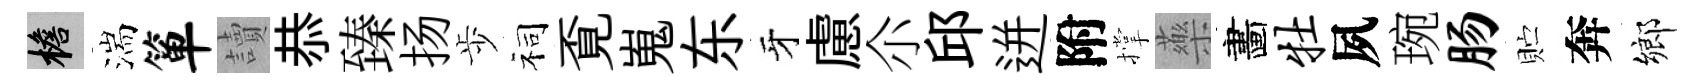
檐湍箪讀恭臻扬歩祠覔嵬东牙慮尒邱迸附撑藥畵牡夙琬肠贮奔鄉